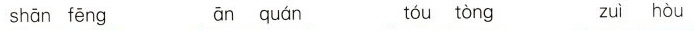
shān fēng ān quán tóu tòng zuì hòu